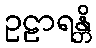
ဥဠာရန္တိ